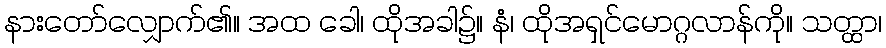
နားတော်လျှောက်၏။ အထ ခေါ၊ ထိုအခါ၌။ နံ၊ ထိုအရှင်မောဂ္ဂလာန်ကို။ သတ္ထာ၊